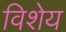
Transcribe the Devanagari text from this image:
विशेय